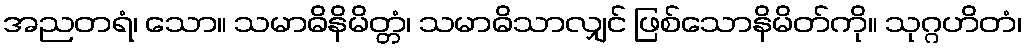
အညတရံ၊ သော။ သမာဓိနိမိတ္တံ၊ သမာဓိသာလျှင် ဖြစ်သောနိမိတ်ကို။ သုဂ္ဂဟိတံ၊